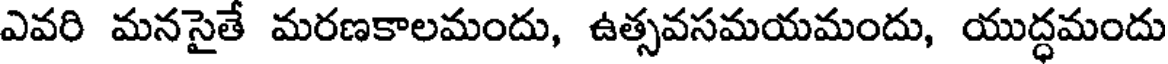
ఎవరి మనసైతే మరణకాలమందు, ఉత్సవసమయమందు, యుద్ధమందు